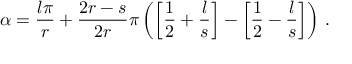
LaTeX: \alpha = \frac { l \pi } { r } + \frac { 2 r - s } { 2 r } \pi \left( \left[ \frac { 1 } { 2 } + \frac { l } { s } \right] - \left[ \frac { 1 } { 2 } - \frac { l } { s } \right] \right) \, .